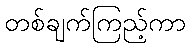
တစ်ချက်ကြည့်ကာ